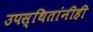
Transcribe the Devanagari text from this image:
उपस्थितांनीही